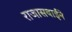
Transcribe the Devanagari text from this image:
राजासबाईने